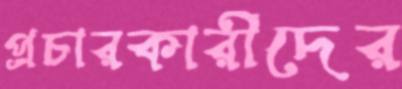
প্রচারকারীদের